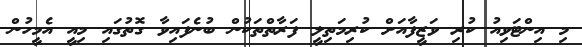
މި އިންޓަވިއު ކުރި ވަޒީފާއަށް ކުރިމަތިލީ ފަރާތްތަކުން ބުނެފައިވާ ގޮތުގައި މިއީ އެމީހުން